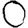
Digit: 0